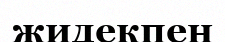
жидекпен